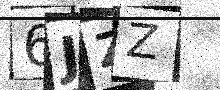
Text: 6JZZ